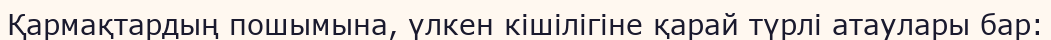
Қармақтардың пошымына, үлкен кішілігіне қарай түрлі атаулары бар: